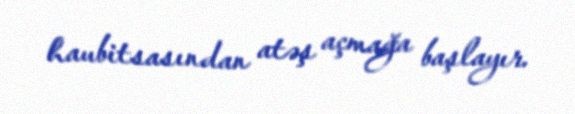
haubitsasından atəş açmağa başlayır.